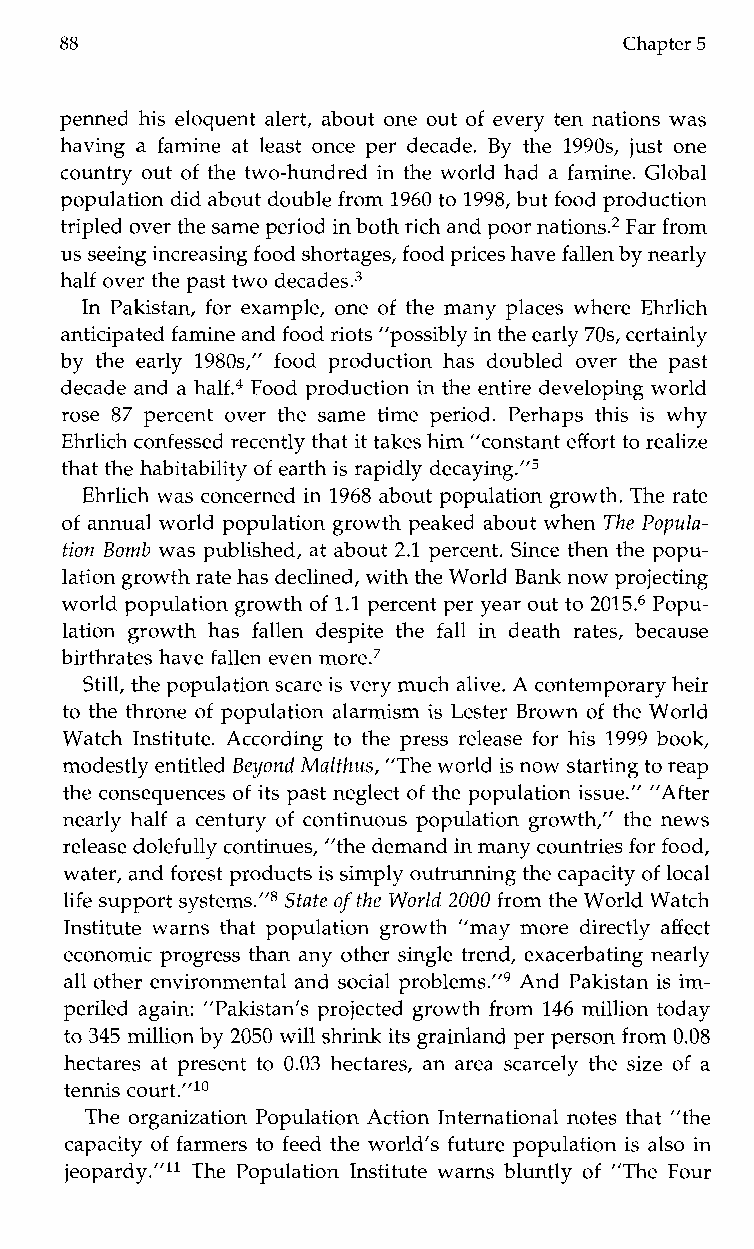
88                                   Chapter 5
 penned his eloquent alert, about one out of every ten nations was
 having a famine at least once per decade. By the 1990s, just one
 country out of the two-hundred in the world had a famine. Global
 population did about double from1 960 to 1998, but food production
 tripled over the same period in both rich and poor nations.2F ar from
 us seeing increasing food shortages, food prices have fallen by nearly
 half over the past two decade^.^
 In Pakistan, for example, one of the many places where Ehrlich
 anticipated famine and food riots ”possibly in the early 70s, certainly
 by the early 1980s,” food productionh asd oubled over the past
 decade and a half.4 Food production in the entire developing world
 rose 87 percent over the same time period.P erhaps this is why
 Ehrlich confessed recently that it takes him “constant effort to realize
 that the habitability of earth is rapidly de~aying.”~
 Ehrlich was concerned in 1968 about population growth. The rate
 of annual world population growth peaked about whenT he Popula-
 tion Bomb was published, at about 2.1 percent. Since then the popu-
 lation growth rate has declined, with the World Bank now projecting
 world population growtho f 1.1 percent per year out to 2015.6 Popu-
 lation growth has fallen despite the fall in death rates, because
 birthrates have fallen even more.7
 Still, the population scare is very much alive. A contemporary heir
 to the throne of population alarmism is Lester Brown of the World
 Watch Institute. According to the press release for his 1999 book,
 modestly entitled Beyond Malthus, ”The worldi s now starting to reap
 the consequences of its past neglect of the population issue.” “After
 nearly half a century of continuous population growth,” the news
 release dolefully continues, ”the demand in many countries for food,
 water, and forest products is simply outrunning the capacity of local
 life support systems.”8S tate of the World 2000 from the World Watch
 Institute warns that population growth ”may more directly affect
 economic progress than any other single trend, exacerbating nearly
 all other environmental and social problem^."^ And Pakistan is im-
 periled again: ”Pakistan’s projected growth from 146 million today
 to 345 million by 2050 will shrink its grainland per person from0. 08
 hectares at present to 0.03 hectares, an area scarcely the size of a
 tennis court.”1o
 The organization Population Action International notes that ”the
 capacity of farmers to feed the world’s future population is also in
 jeopardy.”’l The Population Institute warns bluntly of ”The Four